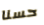
حسنا